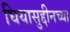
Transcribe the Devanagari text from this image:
घियासुद्दीनच्या